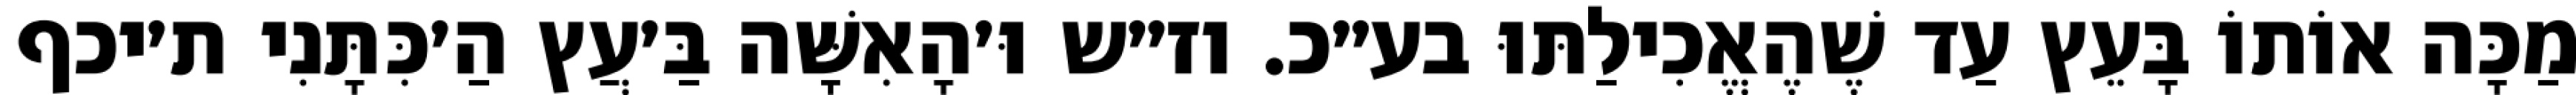
מַכָּה אוֹתוֹ בָּעֵץ עַד שֶׁהֶאֱכִילַתּוּ בע״כ. וז״ש וּ׳הָאִשָּׁה בַּ׳עֲץ הַ׳כִּתָּנִי ת׳יכף